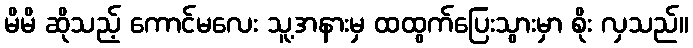
မိမိ ဆိုသည့် ကောင်မလေး သူ့အနားမှ ထထွက်ပြေးသွားမှာ စိုး လှသည်။